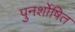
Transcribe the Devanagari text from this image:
पुनर्शोषित